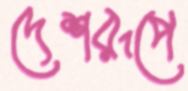
দেশরূপে